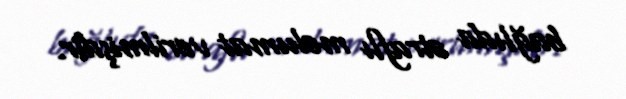
bağlıda ətraflı məlumat verilmişdir.